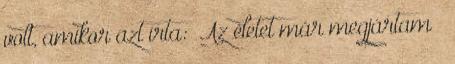
volt, amikor azt írta: „Az életet már megjártam ”